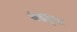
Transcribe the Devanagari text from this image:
चंद्रकृत